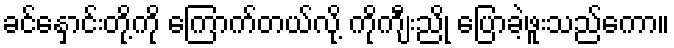
ခင်နှောင်းတို့ကို ကြောက်တယ်လို့ ကိုကျီးညို ပြောခဲ့ဖူးသည်ကော။